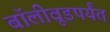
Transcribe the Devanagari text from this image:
बॉलीवूडपर्यंत